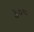
૩૦૯